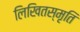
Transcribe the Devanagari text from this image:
लिखितस्मृति